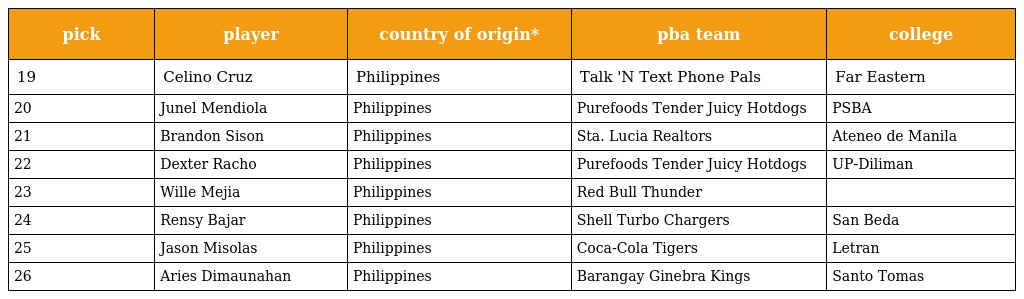
| pick | player | country of origin* | pba team | college |
 | --- | --- | --- | --- | --- |
 | 19 | Celino Cruz | Philippines | Talk 'N Text Phone Pals | Far Eastern |
 | 20 | Junel Mendiola | Philippines | Purefoods Tender Juicy Hotdogs | PSBA |
 | 21 | Brandon Sison | Philippines | Sta. Lucia Realtors | Ateneo de Manila |
 | 22 | Dexter Racho | Philippines | Purefoods Tender Juicy Hotdogs | UP-Diliman |
 | 23 | Wille Mejia | Philippines | Red Bull Thunder |  |
 | 24 | Rensy Bajar | Philippines | Shell Turbo Chargers | San Beda |
 | 25 | Jason Misolas | Philippines | Coca-Cola Tigers | Letran |
 | 26 | Aries Dimaunahan | Philippines | Barangay Ginebra Kings | Santo Tomas |